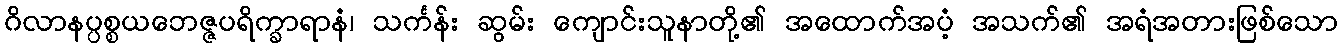
ဂိလာနပ္ပစ္စယဘေဇ္ဇပရိက္ခာရာနံ၊ သင်္ကန်း ဆွမ်း ကျောင်းသူနာတို့၏ အထောက်အပံ့ အသက်၏ အရံအတားဖြစ်သော